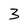
Character: 3